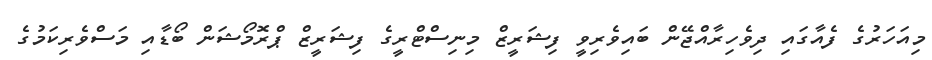
މިއަހަރުގެ ފެއާގައި ދިވެހިރާއްޖޭން ބައިވެރިވީ ފިޝަރީޒް މިނިސްޓްރީގެ ފިޝަރީޒް ޕްރޮމޯޝަން ބޯޑާއި މަސްވެރިކަމުގެ